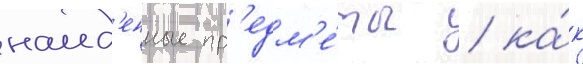
наид'енные пр'едм'е́ты / ка́к